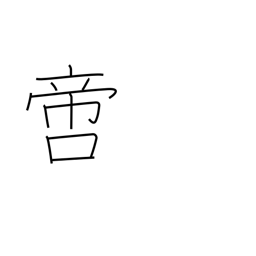
Meaning: incomparable